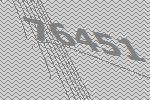
76451